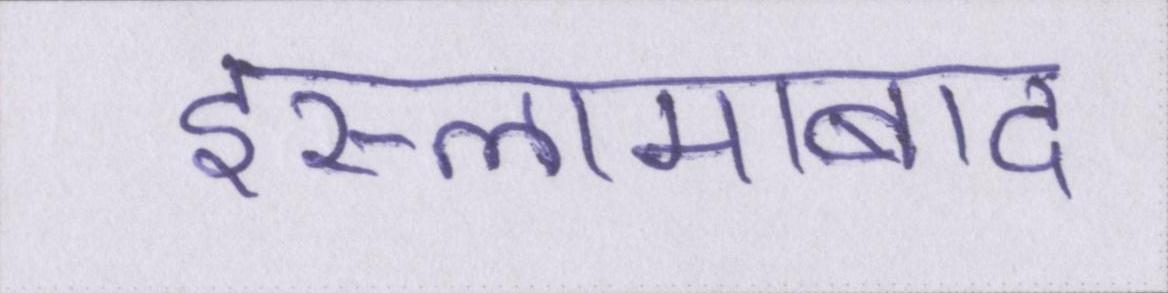
इस्लामाबाद